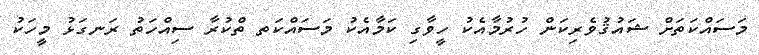
މަސައްކަތަށް ޝައުޤުވެރިކަން ހުރުމާއެކު ހީވާގި ކަމާއެކު މަސައްކަތ ތްކުރާ ސިއްހަތު ރަނގަޅު މީހަކު